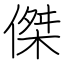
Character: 傑